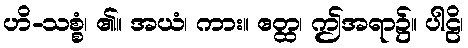
ဟိ-သစ္စံ၊ ၏။ အယံ၊ ကား။ ဧတ္ထ၊ ဤအရာ၌။ ပါဠိ၊